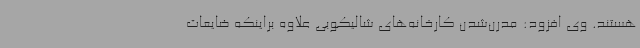
هستند. وی افزود: مدرن‌شدن کارخانه‌های شالیکوبی علاوه براینکه ضایعات